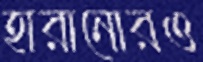
হারানোরও